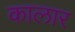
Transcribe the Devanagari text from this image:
कालार